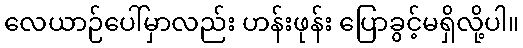
လေယာဉ်ပေါ်မှာလည်း ဟန်းဖုန်း ပြောခွင့်မရှိလို့ပါ။